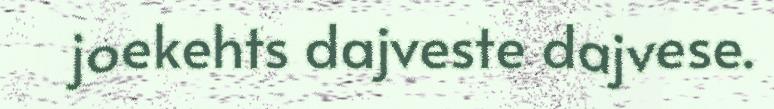
joekehts dajveste dajvese.